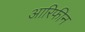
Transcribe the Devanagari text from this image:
आरिफीन